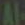
Al